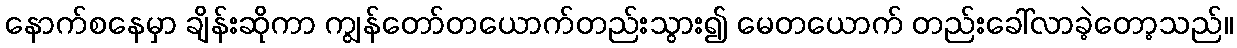
နောက်စနေမှာ ချိန်းဆိုကာ ကျွန်တော်တယောက်တည်းသွား၍ မေတယောက် တည်းခေါ်လာခဲ့တော့သည်။